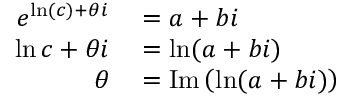
\begin{array} { r l } { e ^ { \ln ( c ) + \theta i } } & { { } = a + b i } \\ { \ln c + \theta i } & { { } = \ln ( a + b i ) } \\ { \theta } & { { } = \operatorname { I m } \left( \ln ( a + b i ) \right) } \end{array}